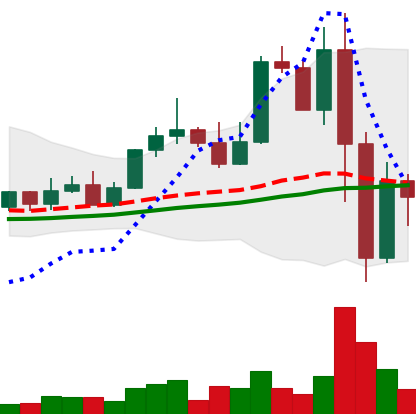
Ticker: LINK-USD
Chart end date: 2022-11-11
Forward return: -11.739%
Label: down_7plus